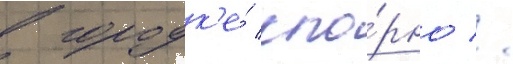
в городк'е́ спо́рно //